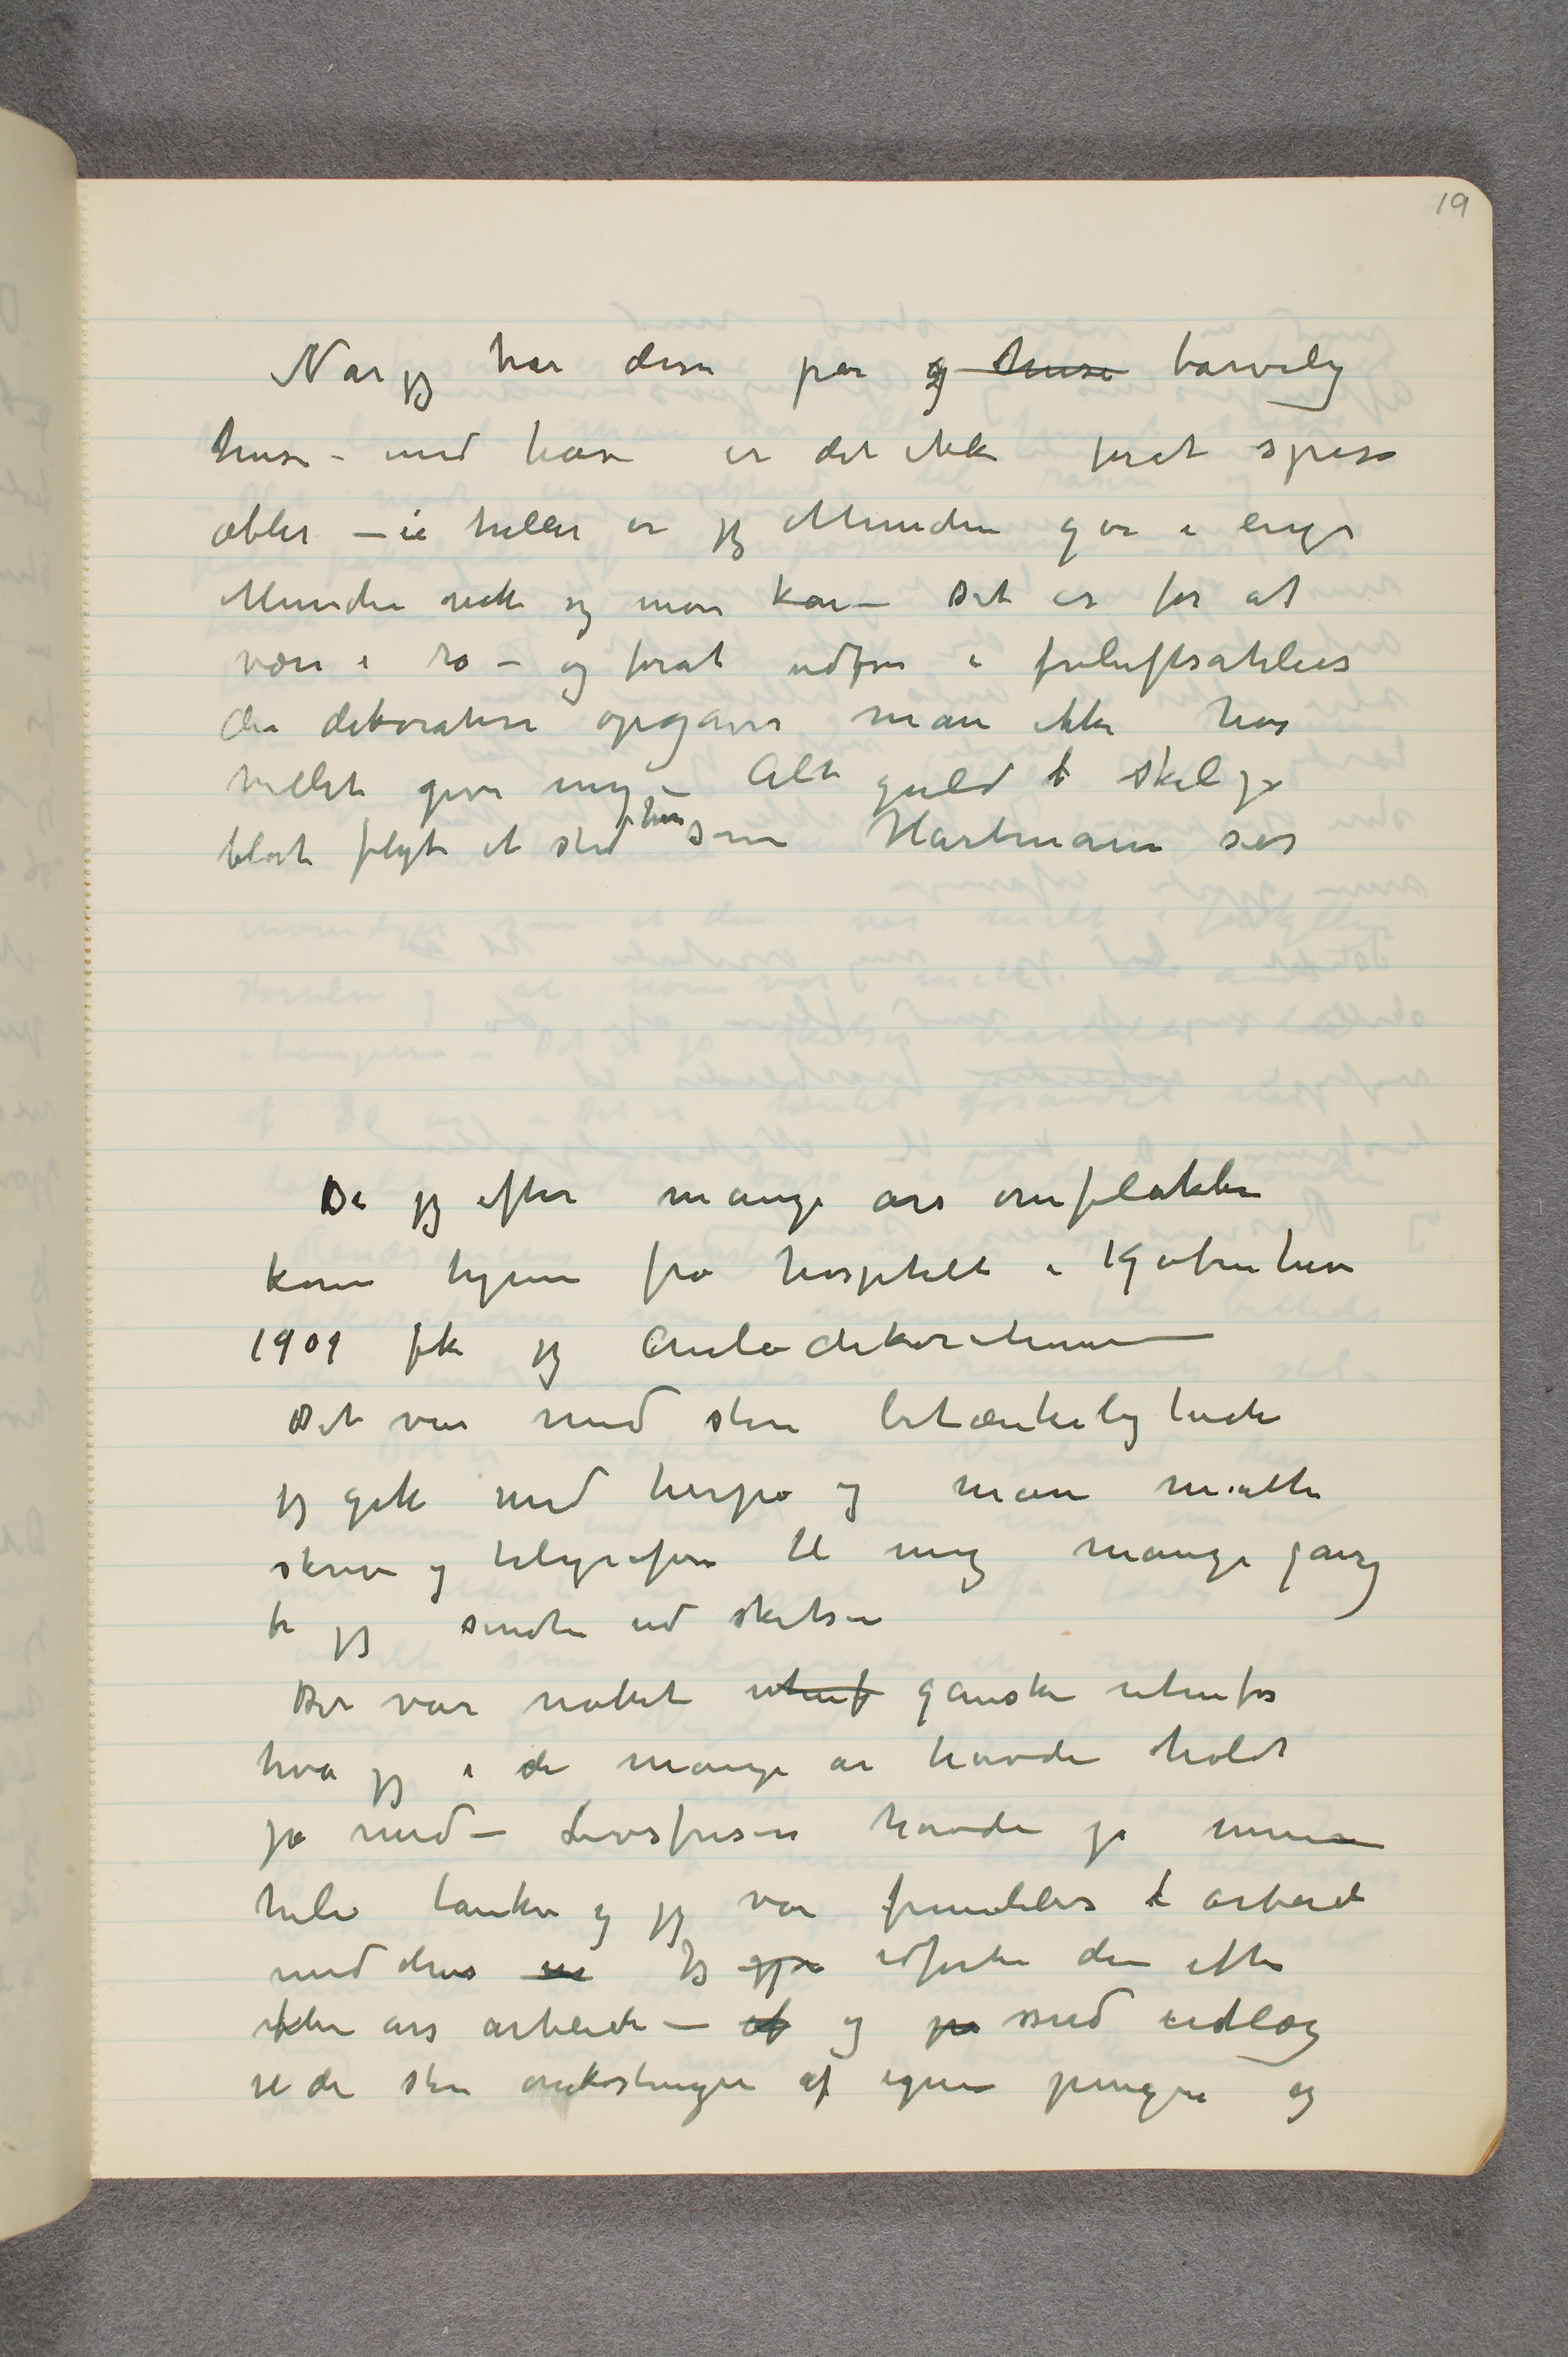
Når jeg har disse par og huse tarvelig
huse – med have er det ikke forat spise
æbler – ei heller er jeg Munchen går i enge
Munchen nok sig more kan – Det er for at
være i ro – og forat udføre i frisluftsatelier
de dekorative opgaver man ikke har
villet give mig – Alt guld ... skal jo
blot flyte et sted hen som Hartmann sier
Da jeg efter mange års omflakken
kom hjem fra hospitalet i Kjøbenhavn
1909 fik jeg Auladekorationerne
Det var med store betænkeligheder
jeg gik ind herpå og man måtte
skrive og telegrafere til mig mange gange
før jeg sendte ind skitser
Det var noket utenf ganske utenfor
hva jeg i de mange år havde holdt
på med – Livsfrisen havde jo mine
hele tanker og jeg var fremdelses i arbeid
med disse ... Jeg gjor udførte den efter
flere års arbeide – af og på med udlæg
til de store omkostninger af egne penger og